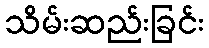
သိမ်းဆည်းခြင်း